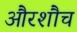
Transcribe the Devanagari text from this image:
औरशौच